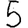
Digit: 5